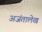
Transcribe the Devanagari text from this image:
अजंतालेख